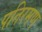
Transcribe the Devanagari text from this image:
पतिरमण